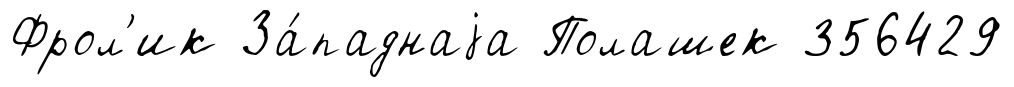
Фрол'ик За́паднаjа Полашек 356429